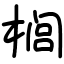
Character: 榈